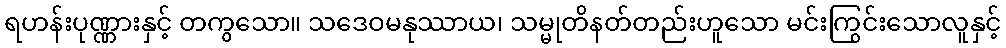
ရဟန်းပုဏ္ဏားနှင့် တကွသော။ သဒေဝမနုဿာယ၊ သမ္မုတိနတ်တည်းဟူသော မင်းကြွင်းသောလူနှင့်